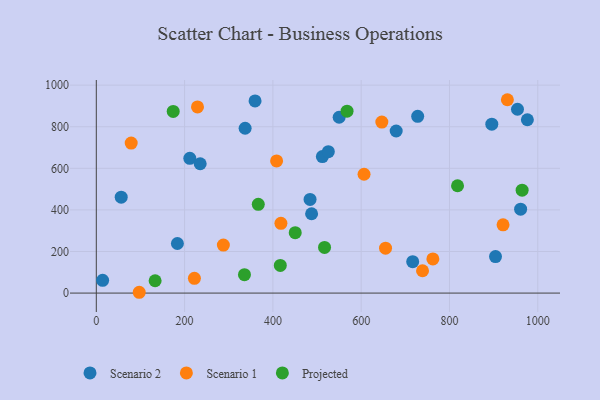
{"axis": {"x": "Study Hours", "y": "Demand"}, "legend": ["Projected", "Scenario 1", "Scenario 2"], "data": [{"x": "211.8", "y": 647.8, "type": "Scenario 2"}, {"x": "728.0", "y": 849.9, "type": "Scenario 2"}, {"x": "183.7", "y": 238.5, "type": "Scenario 2"}, {"x": "512.1", "y": 656.2, "type": "Scenario 2"}, {"x": "961.2", "y": 403.5, "type": "Scenario 2"}, {"x": "359.6", "y": 924.0, "type": "Scenario 2"}, {"x": "954.1", "y": 884.0, "type": "Scenario 2"}, {"x": "235.3", "y": 622.0, "type": "Scenario 2"}, {"x": "484.2", "y": 450.2, "type": "Scenario 2"}, {"x": "14.3", "y": 61.4, "type": "Scenario 2"}, {"x": "679.3", "y": 779.5, "type": "Scenario 2"}, {"x": "56.4", "y": 461.4, "type": "Scenario 2"}, {"x": "550.1", "y": 845.5, "type": "Scenario 2"}, {"x": "337.1", "y": 792.6, "type": "Scenario 2"}, {"x": "895.9", "y": 812.2, "type": "Scenario 2"}, {"x": "904.3", "y": 175.6, "type": "Scenario 2"}, {"x": "716.7", "y": 151.1, "type": "Scenario 2"}, {"x": "487.7", "y": 381.4, "type": "Scenario 2"}, {"x": "525.6", "y": 679.9, "type": "Scenario 2"}, {"x": "976.5", "y": 833.6, "type": "Scenario 2"}, {"x": "931.2", "y": 929.8, "type": "Scenario 1"}, {"x": "97.2", "y": 3.9, "type": "Scenario 1"}, {"x": "229.2", "y": 895.2, "type": "Scenario 1"}, {"x": "79.0", "y": 721.3, "type": "Scenario 1"}, {"x": "762.4", "y": 164.3, "type": "Scenario 1"}, {"x": "646.8", "y": 822.4, "type": "Scenario 1"}, {"x": "739.0", "y": 107.4, "type": "Scenario 1"}, {"x": "222.2", "y": 71.0, "type": "Scenario 1"}, {"x": "287.8", "y": 230.9, "type": "Scenario 1"}, {"x": "418.2", "y": 335.6, "type": "Scenario 1"}, {"x": "408.4", "y": 635.5, "type": "Scenario 1"}, {"x": "921.4", "y": 328.3, "type": "Scenario 1"}, {"x": "655.2", "y": 216.0, "type": "Scenario 1"}, {"x": "606.5", "y": 571.4, "type": "Scenario 1"}, {"x": "174.2", "y": 873.7, "type": "Projected"}, {"x": "818.3", "y": 516.1, "type": "Projected"}, {"x": "133.2", "y": 59.4, "type": "Projected"}, {"x": "964.6", "y": 494.7, "type": "Projected"}, {"x": "366.9", "y": 427.0, "type": "Projected"}, {"x": "450.6", "y": 290.3, "type": "Projected"}, {"x": "416.8", "y": 133.0, "type": "Projected"}, {"x": "517.0", "y": 219.7, "type": "Projected"}, {"x": "568.0", "y": 874.9, "type": "Projected"}, {"x": "335.6", "y": 88.6, "type": "Projected"}]}